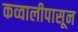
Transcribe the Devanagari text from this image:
कव्वालीपासून